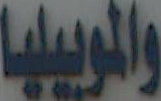
والموبيليا